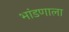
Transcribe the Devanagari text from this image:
भांडणाला